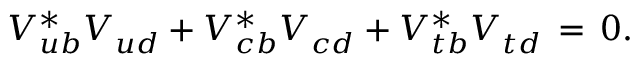
V _ { u b } ^ { * } V _ { u d } ^ { \phantom { * } } + V _ { c b } ^ { * } V _ { c d } ^ { \phantom { * } } + V _ { t b } ^ { * } V _ { t d } ^ { \phantom { * } } \, = \, 0 .